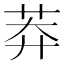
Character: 莽